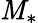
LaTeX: \mathit{M}_{*}